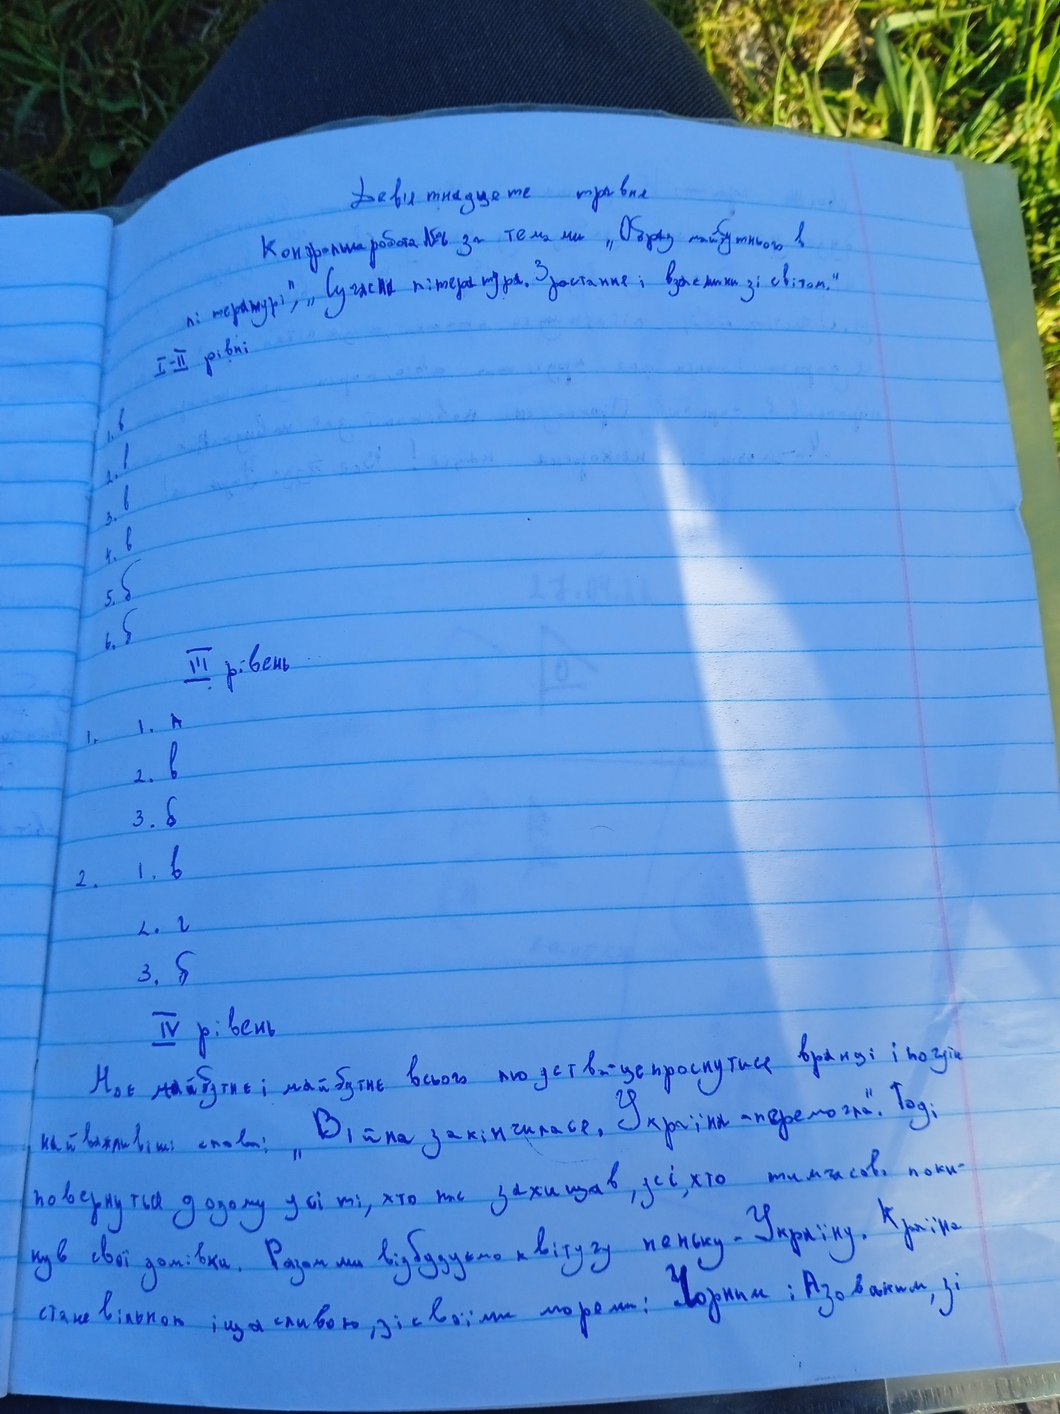
Девятнадцатое травня
Контрольна робота №6 за темами „Образ майбутнього в
лі тературі", "Сучасна література. Зростання і взаємини зі світом."
I-II рівні
1. в
2. в
3. в
4. в
5. б
6. б
III рівень
1.  1. А
2. в
3. б
2.  1. в
2. г
3. б
IV рівень
Моє майбутнє і майбутнє всього людства - це проснутися вранці і почути
найважливіші слова: "Війна закінчилася, Україна перемогла". Тоді
повернуться додому усі ті, хто нас захищав, усі, хто тимчасово поки-
нув свої домівки. Разом ми відбудуємо квітучу неньку - Україну. Країна
стане вільноюі щасливою, зісвоїми морями: Чорним: Азовським, зі